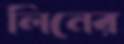
লিনের